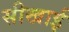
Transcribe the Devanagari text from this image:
सीखाई